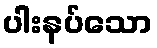
ပါးနပ်သော